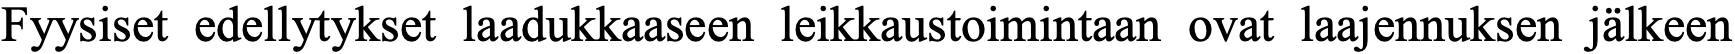
Fyysiset edellytykset laadukkaaseen leikkaustoimintaan ovat laajennuksen jälkeen